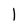
Character: 1